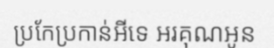
ប្រកែប្រកាន់អីទេ អរគុណអូន